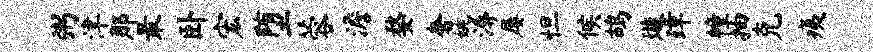
粥津那最卧宏堕蓉澹婺奢姚溽屡怛候鸪璇璋幢抽克痍